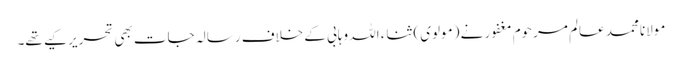
مولانا محمد عالم مرحوم مغفور نے (مولوی) ثناء اللہ وہابی کے خلاف رسالہ جات بھی تحریر کیے تھے۔